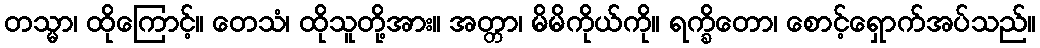
တသ္မာ၊ ထိုကြောင့်။ တေသံ၊ ထိုသူတို့အား။ အတ္တာ၊ မိမိကိုယ်ကို။ ရက္ခိတော၊ စောင့်ရှောက်အပ်သည်။